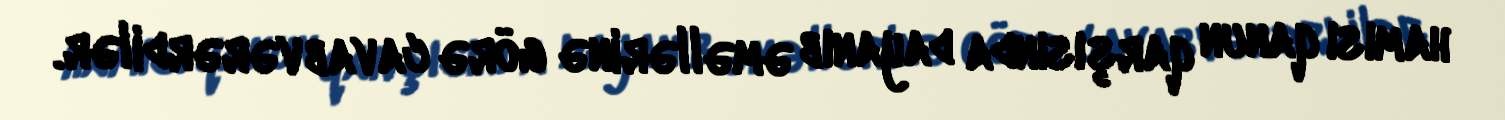
hamısı qanun qarşısında dayanıb əməllərinə görə cavab vərərdilər.